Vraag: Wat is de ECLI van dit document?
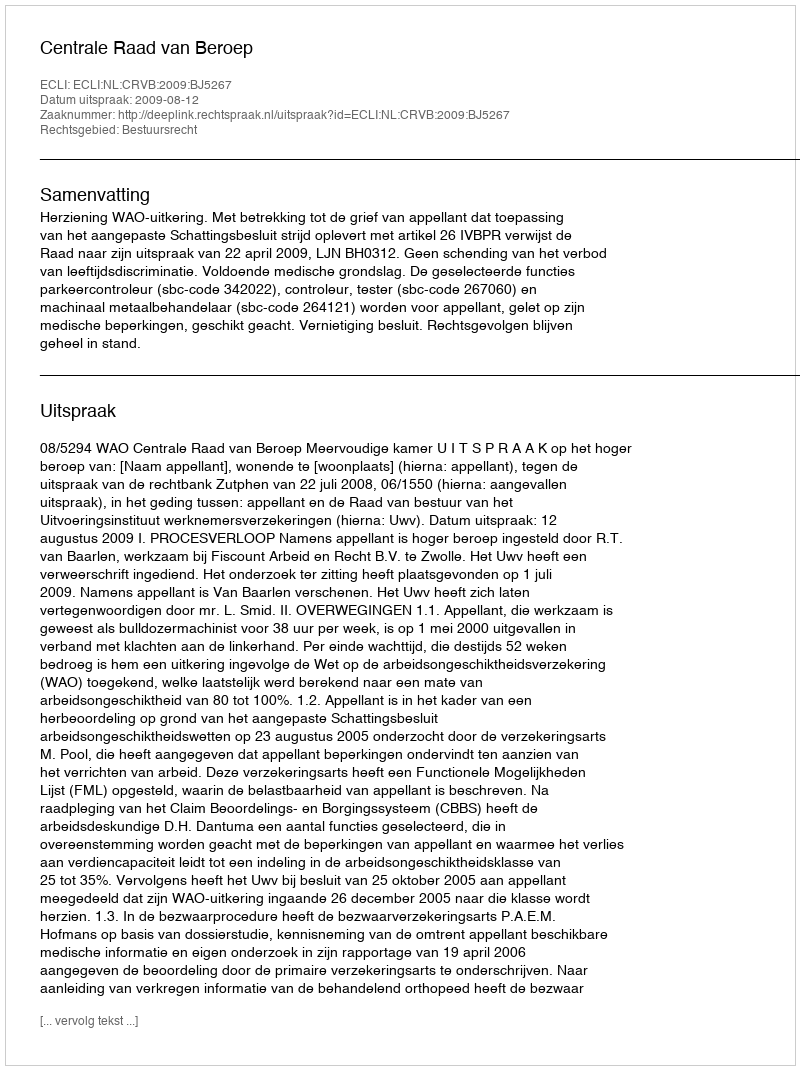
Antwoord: ECLI:NL:CRVB:2009:BJ5267